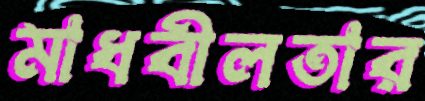
মাধবীলতার